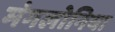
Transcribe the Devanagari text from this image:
मंगलोनिया